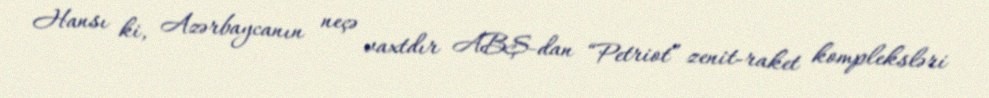
Hansı ki, Azərbaycanın neçə vaxtdır ABŞ-dan “Petriot” zenit-raket kompleksləri